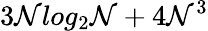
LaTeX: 3\mathcal{N}log_{2}\mathcal{N}+4\mathcal{N}^{3}